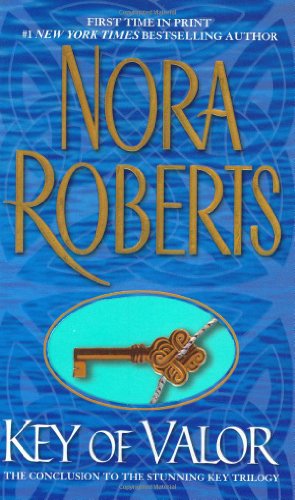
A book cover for Key of Valor; Nora Roberts; Romance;